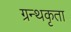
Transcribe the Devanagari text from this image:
ग्रन्थकृता